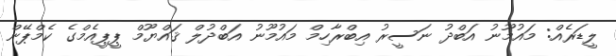
ލީޑަރެއް: މައުމޫނު އަބްދު ނަސީރު އިބްރާހިމް މައުމޫނު އަބްދުލް ޤައްޔޫމް ޕީޕީއެމްގެ ކެމްޕޭން